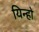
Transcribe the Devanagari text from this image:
यिन्हो